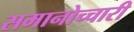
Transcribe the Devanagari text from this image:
समानोच्चारी